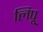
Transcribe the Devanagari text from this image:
लिपू